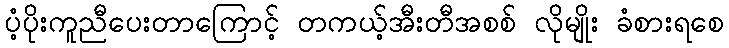
ပံ့ပိုးကူညီပေးတာကြောင့် တကယ့်အီးတီအစစ် လိုမျိုး ခံစားရစေ